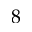
8